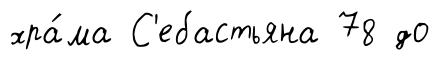
хра́ма С'ебастьяна 78 до